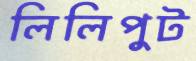
লিলিপুট